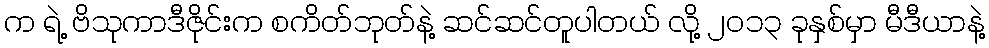
က ရဲ့ ဗိသုကာဒီဇိုင်းက စကိတ်ဘုတ်နဲ့ ဆင်ဆင်တူပါတယ် လို့ ၂၀၁၃ ခုနှစ်မှာ မီဒီယာနဲ့